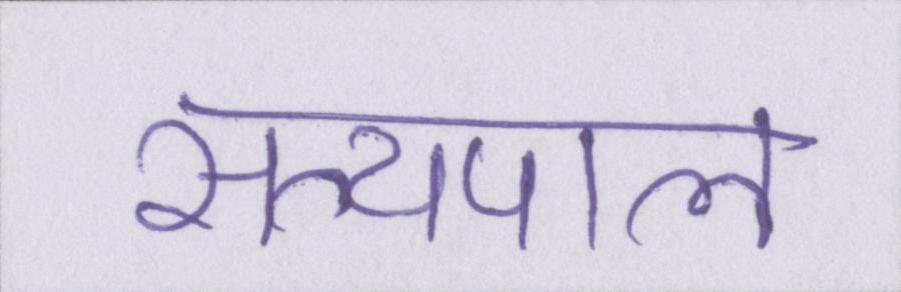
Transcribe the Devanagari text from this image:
सत्यपाल